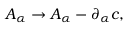
A _ { \alpha } \rightarrow A _ { \alpha } - \partial _ { \alpha } c ,